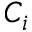
C _ { i }